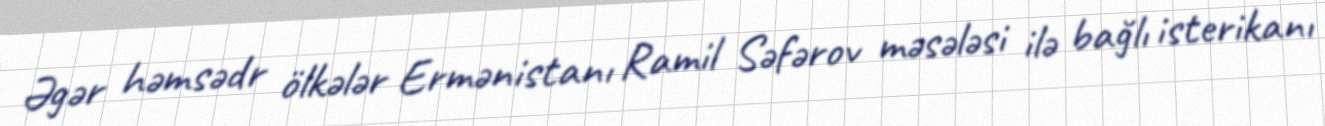
Əgər həmsədr ölkələr Ermənistanı Ramil Səfərov məsələsi ilə bağlı isterikanı